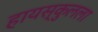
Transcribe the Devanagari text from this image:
हायस्कुलला